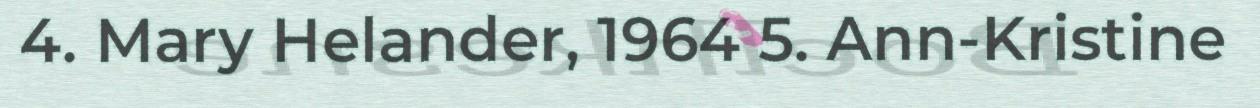
4. Mary Helander, 1964 5. Ann-Kristine